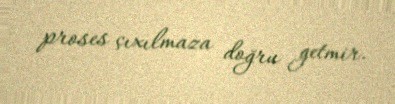
proses çıxılmaza doğru getmir.